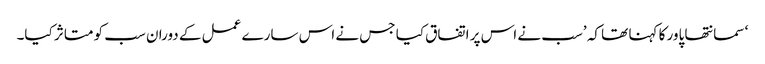
‘ سمانتھا پاور کا کہنا تھا کہ ’سب نے اس پر اتفاق کیا جس نے اس سارے عمل کے دوران سب کو متاثر کیا۔